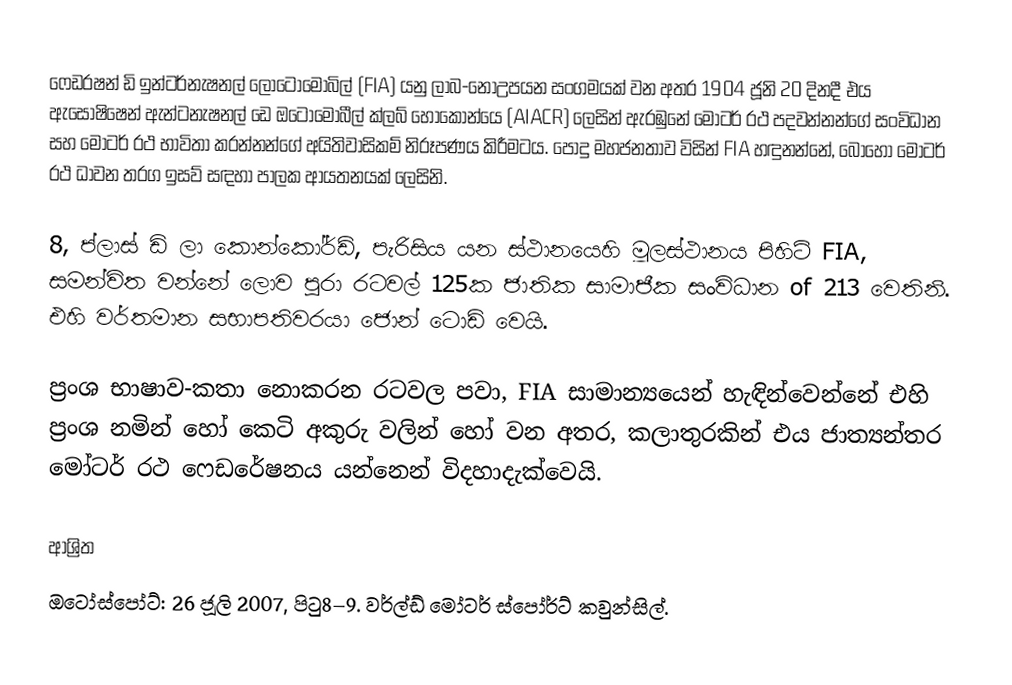
ෆෙඩරෂන් ඩි ඉන්ටර්නැෂනල් ලෝටොමොබිල් (FIA) යනු ලාබ-නොඋපයන සංගමයක් වන අතර 1904 ජූනි 20 දිනදී එය  ඇසෝෂිෂෙන් ඇන්ටනැෂනල් ඩෙ ඔටෝමොබීල් ක්ලබ් හොකොන්යෙ (AIACR) ලෙසින් ඇරඹුනේ මෝටර් රථ පදවන්නන්ගේ සංවිධාන සහ මෝටර් රථ භාවිතා කරන්නන්ගේ අයිතිවාසිකම් නිරූපණය කිරීමටය. පොදු මහජනතාව විසින්  FIA හඳුනන්නේ, බොහෝ  මෝටර් රථ ධාවන තරග ඉසව් සඳහා පාලක ආයතනයක් ලෙසිනි.

8, ප්ලාස් ඩි ලා කොන්කෝර්ඩ්, පැරිසිය යන ස්ථානයෙහි මූලස්ථානය පිහිටි FIA,  සමන්විත වන්නේ ලොව පුරා රටවල් 125ක ජාතික සාමාජීක සංවිධාන of 213 වෙතිනි. එහි වර්තමාන සභාපතිවරයා ජොන් ටොඩ් වෙයි.

ප්‍රංශ භාෂාව-කතා නොකරන රටවල පවා, FIA සාමාන්‍යයෙන්  හැඳින්වෙන්නේ එහි ප්‍රංශ නමින් හෝ කෙටි අකුරු වලින් හෝ වන අතර, කලාතුරකින් එය ජාත්‍යන්තර මෝටර් රථ ෆෙඩරේෂනය යන්නෙන් විදහාදැක්වෙයි.

ආශ්‍රිත
ඔටෝස්පෝට්: 26 ජූලි 2007, පිටු8–9. වර්ල්ඩ් මෝටර් ස්පෝර්ට් කවුන්සිල්.